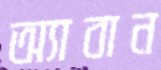
অ্যাবান